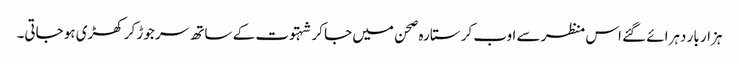
ہزار بار دہرائے گئے اس منظر سے اوب کر ستارہ صحن میں جا کر شہتوت کے ساتھ سر جوڑ کر کھڑی ہو جاتی۔